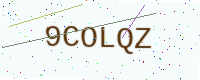
Text: 9COLQZ